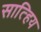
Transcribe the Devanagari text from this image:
सात्हिय